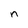
Character: n